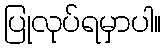
ပြုလုပ်ရမှာပါ။